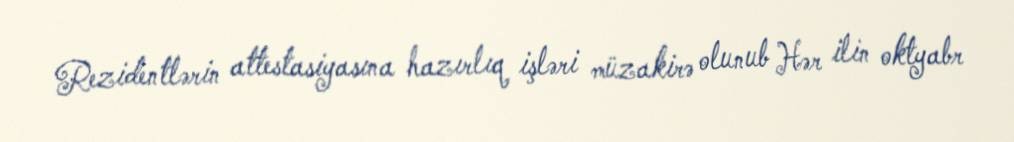
Rezidentlərin attestasiyasına hazırlıq işləri müzakirə olunub Hər ilin oktyabr